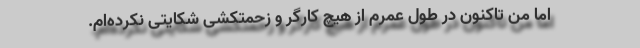
اما من تاکنون در طول عمرم از هیچ کارگر و زحمتکشی شکایتی نکرده‌ام.